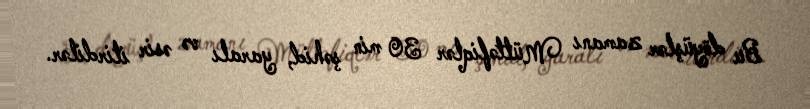
Bu döyüşlər zamanı Müttəfiqlər 30 min şəhid, yaralı və əsir itirdilər.